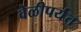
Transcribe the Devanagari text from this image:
वेळीपर्यंत